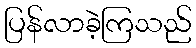
ပြန်လာခဲ့ကြသည်